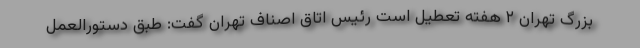
بزرگ تهران ۲ هفته تعطیل است رئیس اتاق اصناف تهران گفت: طبق دستورالعمل